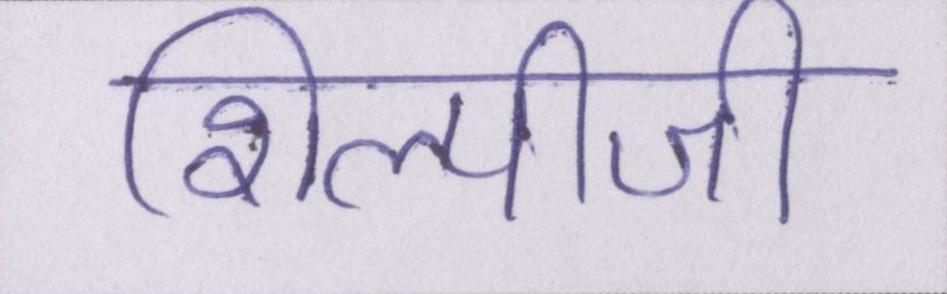
शिल्पीजी